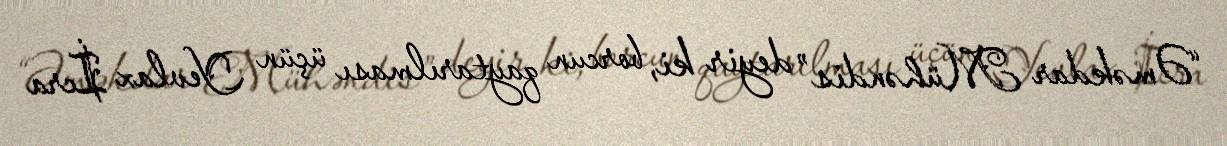
“Əməkdar Mühəndis” deyir ki, borcun qaytarılması üçün Yevlax İcra